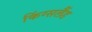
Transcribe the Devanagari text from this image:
किंग्सलैंड